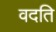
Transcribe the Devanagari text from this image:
वदति